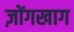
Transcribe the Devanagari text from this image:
ज़ोंगखाग